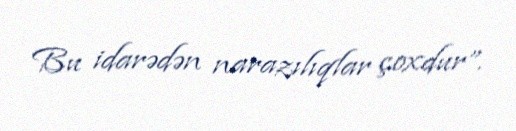
Bu idarədən narazılıqlar çoxdur”.